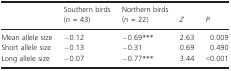
|  | Southern birds (n = 43) | Northern birds (n = 22) | Z | P |
 | --- | --- | --- | --- | --- |
 | Mean allele size | −0.12 | −0.69*** | 2.63 | 0.009 |
 | Short allele size | −0.13 | −0.31 | 0.69 | 0.490 |
 | Long allele size | −0.07 | −0.77*** | 3.44 | <0.001 |